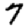
Digit: 7